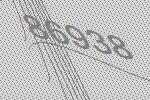
86938